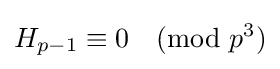
H_{p-1}\equiv 0{\pmod {p^{3}}}